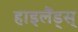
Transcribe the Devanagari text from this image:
हाइलैंड्स्